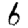
Digit: 6